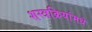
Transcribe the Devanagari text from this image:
शस्त्रक्रियांमधे